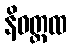
နိဝတ္တထ